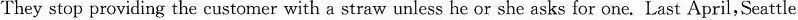
They stop providing the customer with a straw unless he or she asks for one. Last April,Seattle